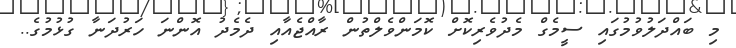
މި ބައްދަލުވުމުގައި ސީމެގް މެދުވެރިކޮށް ކޮމަންވެލްތުން ރާއްޖެއާއި ދެމެދު އޮންނަ ހަރުދަނާ ގުޅުމުގެ..